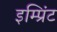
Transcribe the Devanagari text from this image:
इम्‍प्रिंट